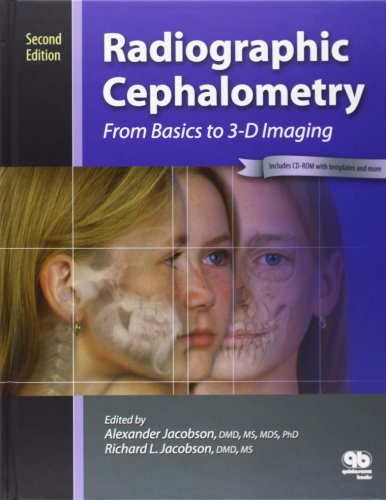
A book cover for Radiographic Cephalometry: From Basics to 3-d Imaging; Alexander Jacobson; Medical Books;